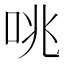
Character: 咷